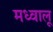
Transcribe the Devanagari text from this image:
मध्वालू